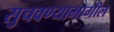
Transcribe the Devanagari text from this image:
सुचवण्यामागील